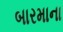
બારમાના